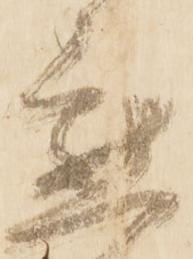
懇